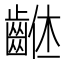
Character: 𪘠